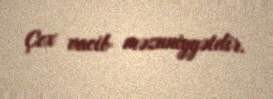
Çox vacib məzuniyyətdir.